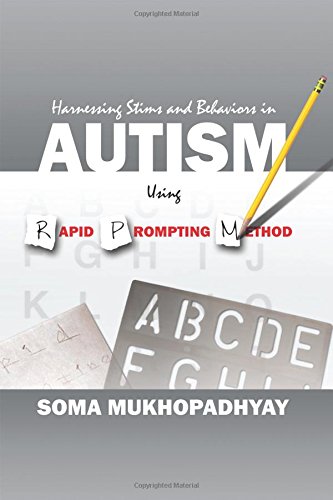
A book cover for Harnessing Stims and Behaviors in Autism Using Rapid Prompting Method; Soma Mukhopadhyay; Science & Math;